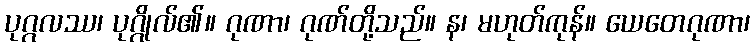
ပုဂ္ဂလဿ၊ ပုဂ္ဂိုလ်၏။ ဂုဏာ၊ ဂုဏ်တို့သည်။ န၊ မဟုတ်ကုန်။ ယေတေဂုဏာ၊